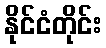
နိုင်ငံတိုင်း